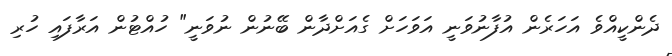
ދެންކީއްވެ އަހަރެން އުފާނުވަނީ އަވަހަށް ގެއަށްދާން ބޭނުން ނުވަނީ" ހުއްޓުން އަރާފައި ހުރި